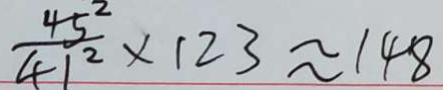
\frac { 4 5 ^ { 2 } } { 4 1 ^ { 2 } } \times 1 2 3 \approx 1 4 8